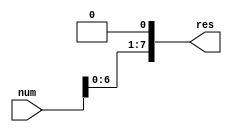
`timescale 1ns / 1ps
//////////////////////////////////////////////////////////////////////////////////
// Company: 
// Engineer: 
// 
// Design Name: 
// Module Name: nBit_Shift_Left
// Project Name: 
// Target Devices: 
// Tool Versions: 
// Description: 
// 
// Dependencies: 
// 
// Revision:
// Revision 0.01 - File Created
// Additional Comments:
// 
//////////////////////////////////////////////////////////////////////////////////


module nBit_Shift_Left #(parameter n=8)(input[n-1:0] num, output[n-1:0] res );

    assign res = {num[n-2:0],1'b0};
    
endmodule